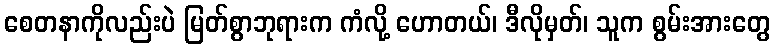
စေတနာကိုလည်းပဲ မြတ်စွာဘုရားက ကံလို့ ဟောတယ်၊ ဒီလိုမှတ်၊ သူက စွမ်းအားတွေ